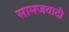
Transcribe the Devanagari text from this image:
सामजवादी